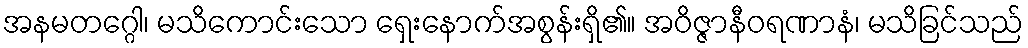
အနမတဂ္ဂေါ၊ မသိကောင်းသော ရှေးနောက်အစွန်းရှိ၏။ အဝိဇ္ဇာနီဝရဏာနံ၊ မသိခြင်သည်